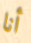
أنا